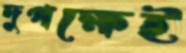
দুপক্ষেই